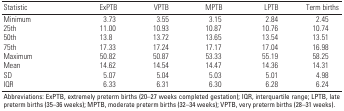
| Statistic | ExPTB | VPTB | MPTB | LPTB | Term births |
 | --- | --- | --- | --- | --- | --- |
 | Minimum | 3.73 | 3.55 | 3.15 | 2.84 | 2.45 |
 | 25th | 11.00 | 10.93 | 10.87 | 10.76 | 10.74 |
 | 50th | 13.8 | 13.72 | 13.65 | 13.54 | 13.51 |
 | 75th | 17.33 | 17.24 | 17.17 | 17.04 | 16.98 |
 | Maximum | 50.82 | 50.87 | 53.33 | 55.19 | 58.25 |
 | Mean | 14.62 | 14.54 | 14.47 | 14.36 | 14.31 |
 | SD | 5.07 | 5.04 | 5.03 | 5.01 | 4.98 |
 | IQR | 6.33 | 6.31 | 6.30 | 6.28 | 6.24 |
 | <COLSPAN=6> Abbreviations: ExPTB, extremely preterm births (20–27 weeks completed gestation); IQR, interquartile range; LPTB, late preterm births (35–36 weeks); MPTB, moderate preterm births (32–34 weeks); VPTB, very preterm births (28–31 weeks). |